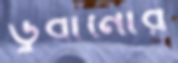
ডুবানোর